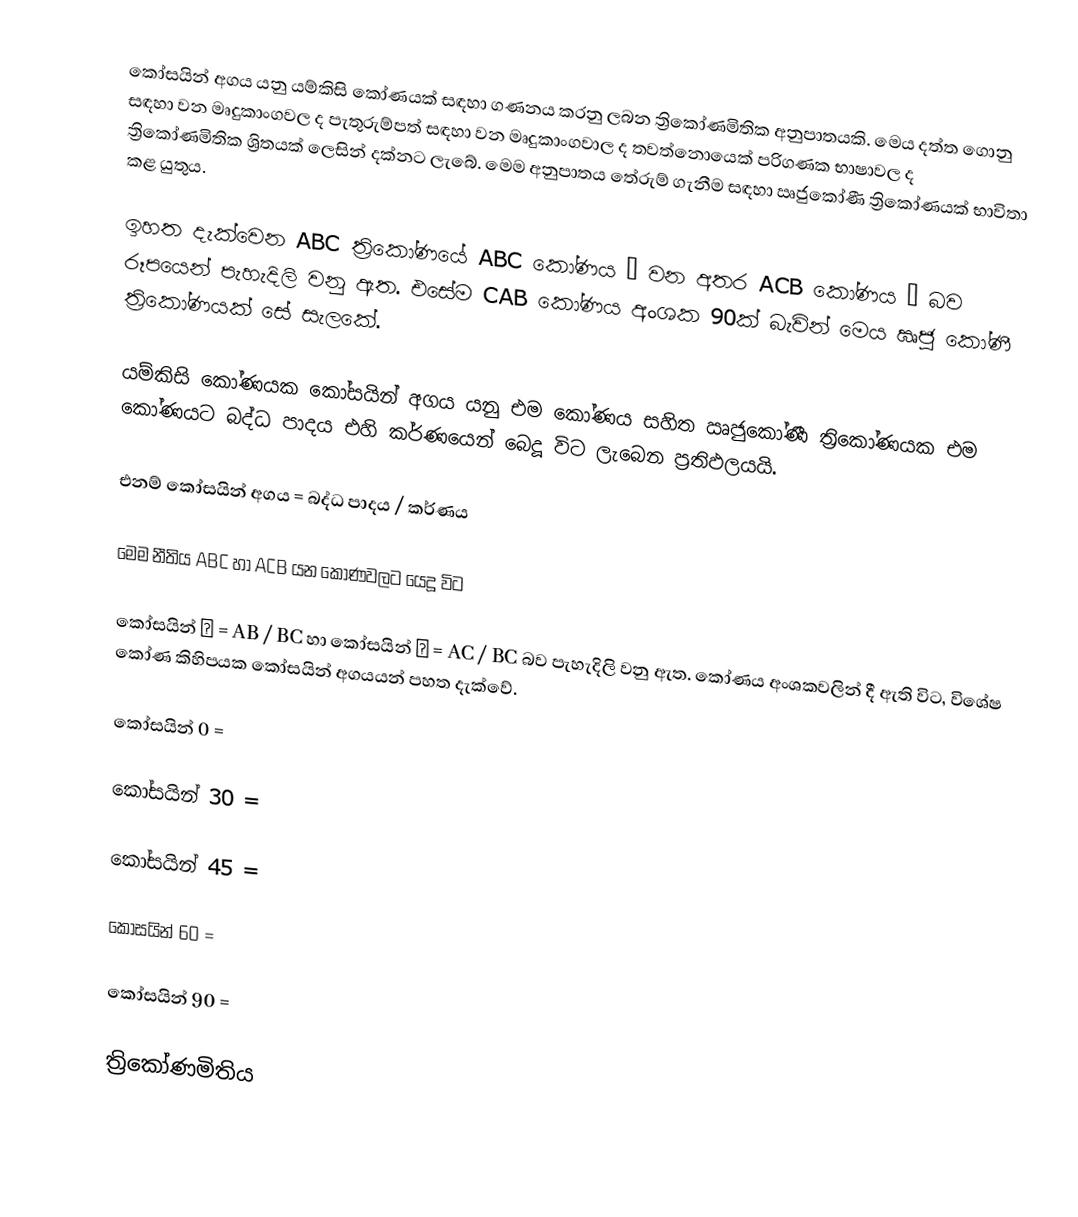
කෝසයින් අගය යනු යම්කිසි කෝණයක් සඳහා ගණනය කරනු ලබන ත්‍රිකෝණමිතික අනුපාතයකි.  මෙය දත්ත ගොනු සඳහා වන මෘදුකාංගවල ද පැතුරුම්පත් සඳහා වන මෘදුකාංගවාල ද තවත්නොයෙක් පරිගණක භාෂාවල ද ත්‍රිකෝණමිතික ශ්‍රිතයක් ලෙසින් දක්නට ලැබේ.  මෙම අනුපාතය තේරුම් ගැනීම සඳහා ඍජුකෝණී ත්‍රිකෝණයක් භාවිතා කළ යුතුය.

ඉහත දැක්වෙන ABC ත්‍රිකෝණයේ ABC කෝණය α  වන අතර ACB කෝණය β  බව රූපයෙන් පැහැදිලි වනු ඇත. එසේම CAB කෝණය අංශක 90ක් බැවින් මෙය ඍජු කෝණී ත්‍රිකෝණයක් සේ සැලකේ.

යම්කිසි කෝණයක කෝසයින් අගය යනු එම කෝණය සහිත ඍජුකෝණී ත්‍රිකෝණයක එම කෝණයට බද්ධ පාදය එහි කර්ණයෙන් බෙදූ  විට ලැබෙන ප්‍රතිඵලයයි.

එනම් කෝසයින් අගය = බද්ධ පාදය / කර්ණය

මෙම නීතිය ABC හා ACB යන කෝණවලට යෙදූ විට

කෝසයින් α  = AB / BC   හා  කෝසයින් β  =  AC / BC බව පැහැදිලි වනු ඇත. කෝණය අංශකවලින් දී ඇති විට, විශේෂ කෝණ කිහිපයක කෝසයින් අගයයන් පහත දැක්වේ.

කෝසයින් 0   =

කෝසයින් 30 =

කෝසයින් 45 =

කෝසයින් 60 =

කෝසයින් 90 =

ත්‍රිකෝණමිතිය